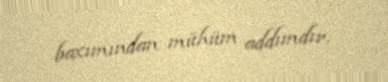
baxımından mühüm addımdır.